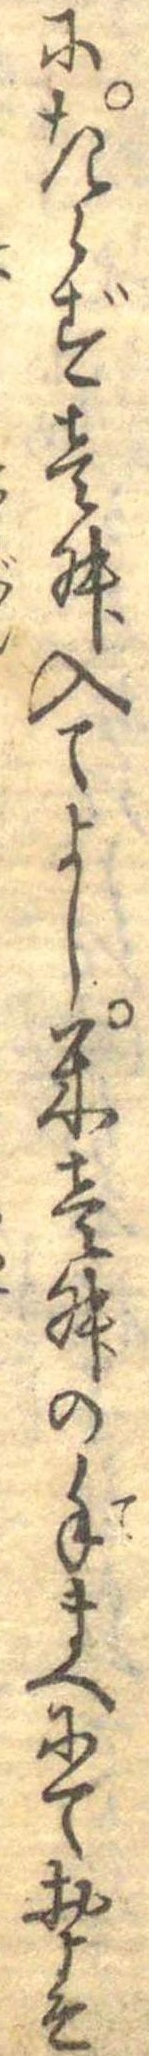
にきらず壱舛入てよし米壱舛の手まへにておよそ